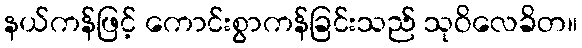
နယ်ကန်ဖြင့် ကောင်းစွာကန်ခြင်းသည် သုဝိလေခိတ။